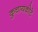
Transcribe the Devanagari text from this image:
कुचायकोटे